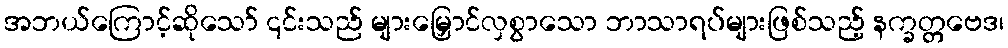
အဘယ်ကြောင့်ဆိုသော် ၎င်းသည် များမြှောင်လှစွာသော ဘာသာရပ်များဖြစ်သည့် နက္ခတ္တဗေဒ၊